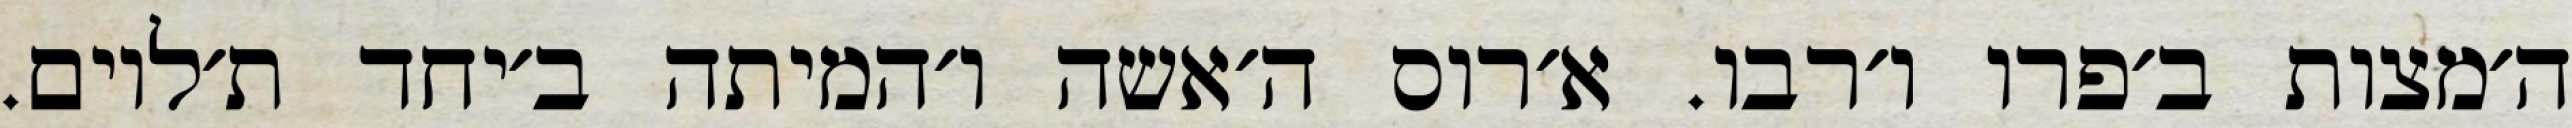
ה׳מצות ב׳פרו ו׳רבו. א׳רוס ה׳אשה ו׳המיתה ב׳יחד ת׳לוים.